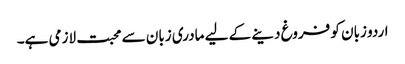
اردو زبان کو فروغ دینے کے لیے مادری زبان سے محبت لازمی ہے۔